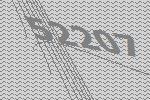
52207